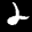
Label: 2